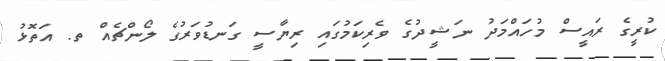
ކުރީގެ ރައީސް މުހައްމަދު ނަޝީދުގެ ވެރިކަމުގައި ރިޔާސީ ގަނޑުވަރުގެ ލޯންޗެއް ތ. އަތޮޅު